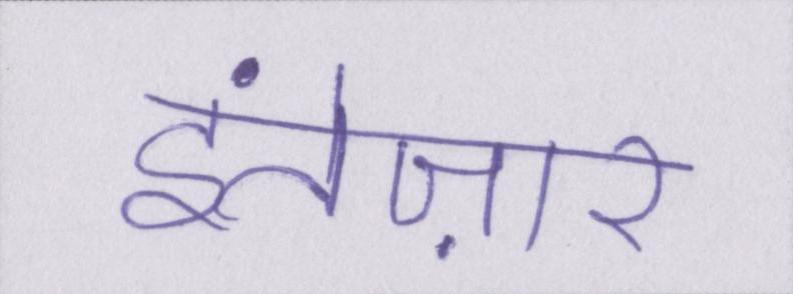
इंतेज़ार